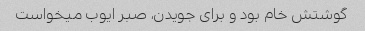
گوشتش خام بود و برای جویدن، صبر ایوب میخواست